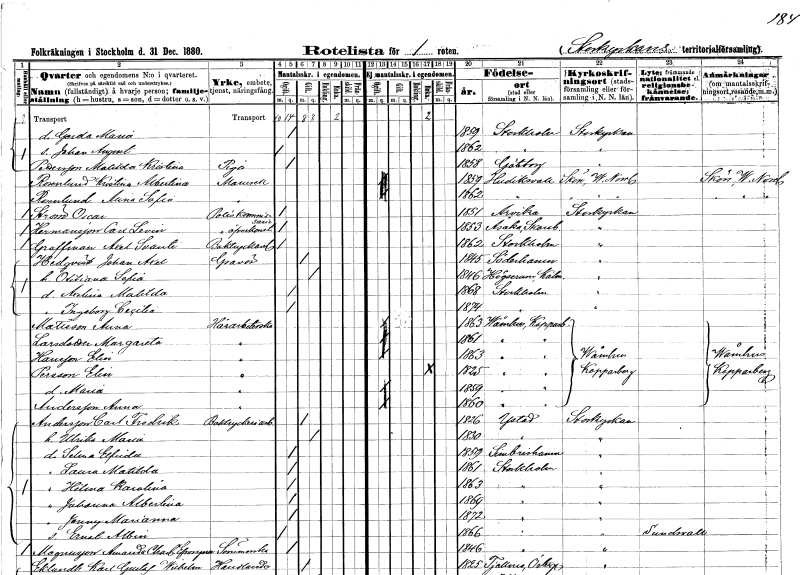
gt_parse: households: individuals: FN: Gerda Maria
KON: K
CIV: O
FODAR: 1859
FODFORS: Stockholm
FN: Johan August
KON: M
CIV: O
FODAR: 1862
FODFORS: Stockholm
FN: Matilda Kristina
EN: Pettersson
YRKE: Piga
KON: K
CIV: O
FODAR: 1858
FODFORS: Göteborg Göteborgs- och Bohuslän
FN: Kristina Albertina
EN: Rosenlund
KON: K
CIV: O
FODAR: 1859
FODFORS: Hudiksvall Gävleborgs län
FN: Anna Sofia
EN: Rosenlund
KON: K
CIV: O
FODAR: 1862
FODFORS: Hudiksvall Gävleborgs län
FN: Oscar
EN: Ström
YRKE: Poliskommissarie
KON: M
CIV: O
FODAR: 1851
FODFORS: Arvika Värmlands län
FN: Carl Levin
EN: Hermansson
YRKE: Polisöverkonstapel
KON: M
CIV: O
FODAR: 1853
FODFORS: Åsaka Skaraborgs län
FN: Axel Svante
EN: Graffman
YRKE: Boktryckerilärling
KON: M
CIV: O
FODAR: 1862
FODFORS: Stockholm
FN: Johan Axel
EN: Hedqvist
YRKE: Gravör
KON: M
CIV: G
FODAR: 1845
FODFORS: Söderhamn Gävleborgs län
FN: Otiliana Sofia
KON: K
CIV: G
FODAR: 1846
FODFORS: Högsrum Kalmar län
FN: Axelina Matilda
KON: K
CIV: O
FODAR: 1868
FODFORS: Stockholm
FN: Ingeborg Cecilia
KON: K
CIV: O
FODAR: 1874
FODFORS: Stockholm
FN: Anna
EN: Mattsson
YRKE: Hårarbeterska
KON: K
CIV: O
FODAR: 1863
FODFORS: Våmhus Kopparbergs län
FN: Margareta
EN: Larsdotter
YRKE: Hårarbeterska
KON: K
CIV: O
FODAR: 1861
FODFORS: Våmhus Kopparbergs län
FN: Elin
EN: Hansson
YRKE: Hårarbeterska
KON: K
CIV: O
FODAR: 1863
FODFORS: Våmhus Kopparbergs län
FN: Elin
EN: Persson
YRKE: Hårarbeterska
KON: K
CIV: E
FODAR: 1825
FODFORS: Våmhus Kopparbergs län
FN: Maria
YRKE: Hårarbeterska
KON: K
CIV: O
FODAR: 1859
FODFORS: Våmhus Kopparbergs län
FN: Anna
EN: Andersson
YRKE: Hårarbeterska
KON: K
CIV: O
FODAR: 1860
FODFORS: Våmhus Kopparbergs län
FN: Carl Fredrik
EN: Andersson
YRKE: Boktryckeriarbetare
KON: M
CIV: G
FODAR: 1826
FODFORS: Ystad Malmöhus län
FN: Ulrika Maria
KON: K
CIV: G
FODAR: 1830
FODFORS: Ystad Malmöhus län
FN: Selma Elfrida
KON: K
CIV: O
FODAR: 1859
FODFORS: Simrishamn Kristianstads län
FN: Laura Matilda
KON: K
CIV: O
FODAR: 1861
FODFORS: Stockholm
FN: Hilma Karolina
KON: K
CIV: O
FODAR: 1863
FODFORS: Stockholm
FN: Johanna Albertina
KON: K
CIV: O
FODAR: 1869
FODFORS: Stockholm